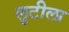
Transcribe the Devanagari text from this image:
लुटीला